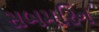
સબમરિન